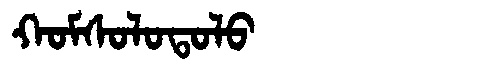
Manchu: ᡴᠣᠮᠰᠣᠯᠣᡨᠣᠯᠣ
Romanization: KOMSOLOTOLO